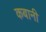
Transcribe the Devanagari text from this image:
कबानी